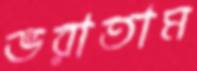
ভরাতাম